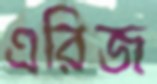
এরিজ